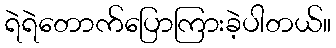
ရဲရဲတောက်ပြောကြားခဲ့ပါတယ်။